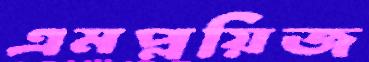
এমপ্লয়িজ